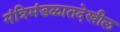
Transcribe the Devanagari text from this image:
मंत्रिमंडळातदेखील